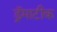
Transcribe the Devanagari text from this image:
ड्रॅमाटीक